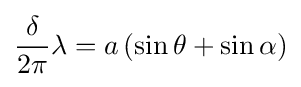
{\frac {\delta }{2\pi }}\lambda =a\left(\sin \theta +\sin \alpha \right)\,\!